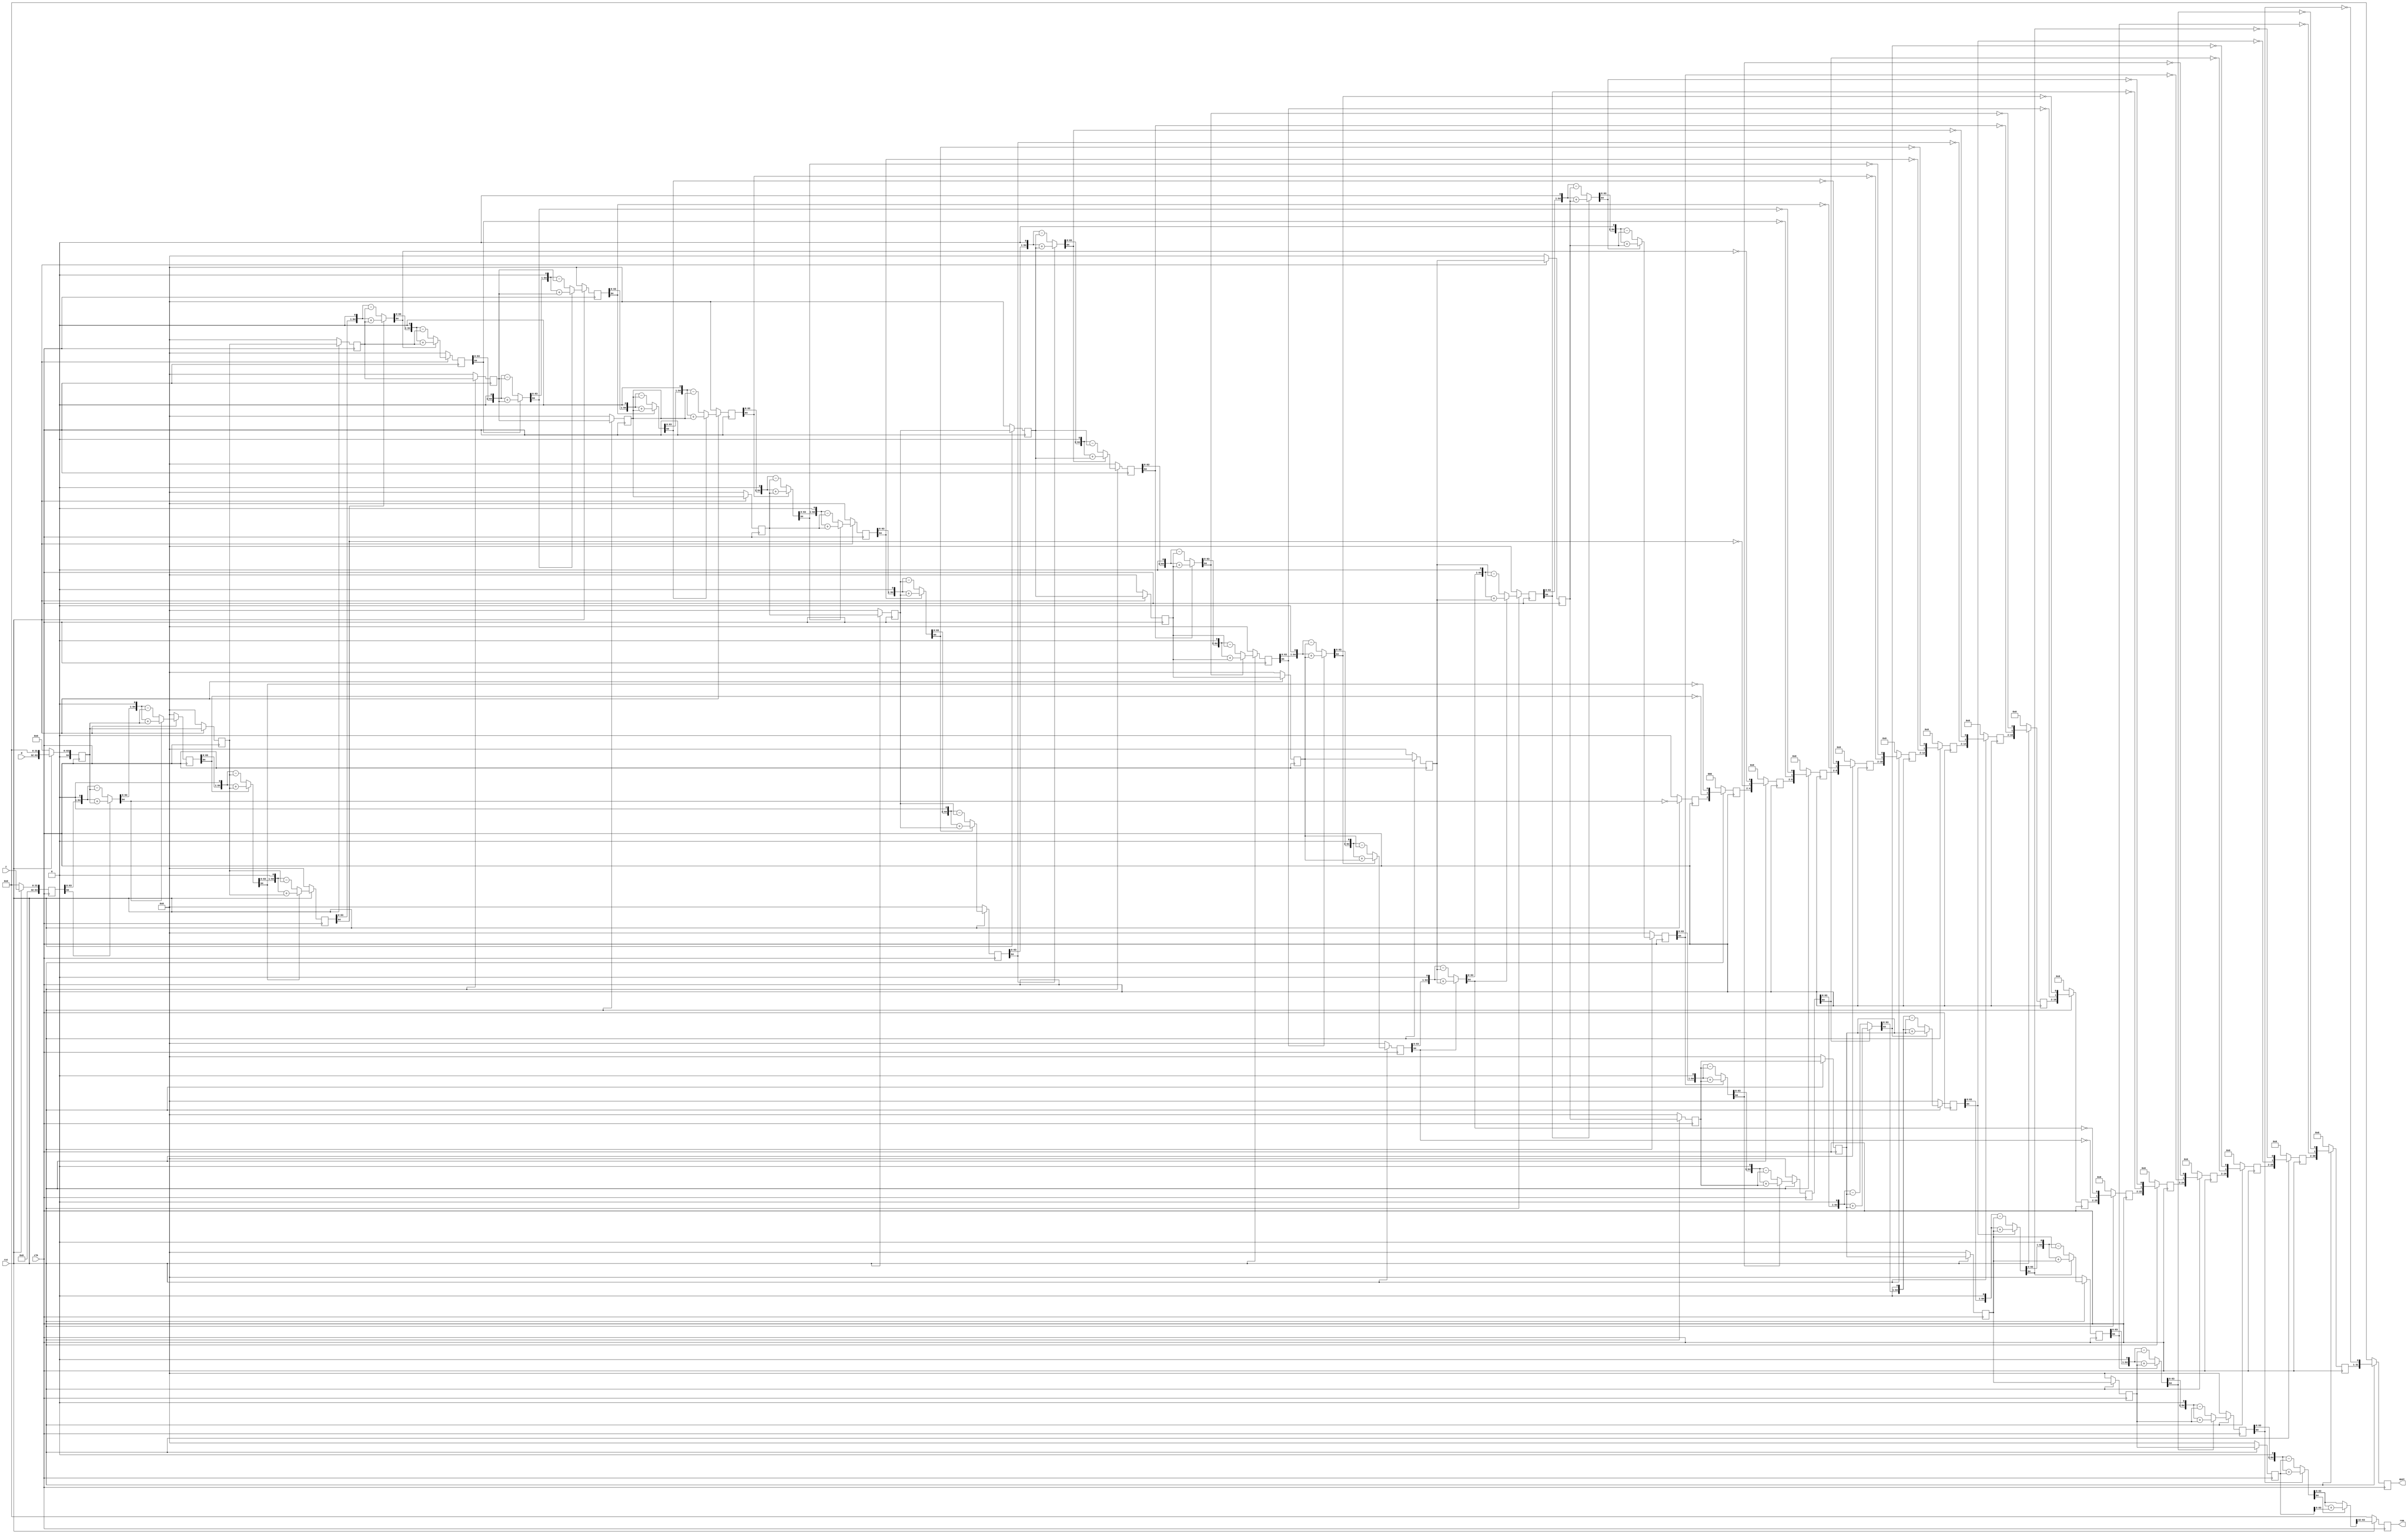
module div_pipelined2(clk, rst, z, d,
                      quot, rem);
   parameter WIDTH = 32;
   localparam ZBITS = WIDTH*2;
   
   localparam DBITS = ZBITS/2;
   localparam STAGES = DBITS/2;
	
   input clk;
   input rst;
   input [WIDTH -1:0] z;
   input [DBITS -1:0] d;
   output [DBITS -1:0] quot;
   output [DBITS -1:0] rem;
   reg [DBITS-1:0]     quot;
   reg [DBITS-1:0]     rem;

   function [ZBITS:0] remainder;
      input [ZBITS:0]  rem_i; input [ZBITS:0]  d_i;
      begin
	 remainder = (rem_i[ZBITS])?({rem_i[ZBITS-1:0], 1'b0} + d_i):
	                            ({rem_i[ZBITS-1:0], 1'b0} - d_i);
      end
   endfunction // remainder
   
   function [ZBITS-1:0] remainder_final;
      input [ZBITS:0] rem_i; input [ZBITS:0] d_i;
      begin
	 remainder_final = (rem_i[ZBITS]?(rem_i + d_i):rem_i);
      end
   endfunction // remainder_final

   function [DBITS-1:0] quotient;
      input [DBITS-1:0] quot_i; input [ZBITS:0] rem_i;
      begin
	 quotient = {quot_i[DBITS-2:0], ~rem_i[ZBITS]};
      end
   endfunction

   reg [ZBITS:0]   d_stage  [STAGES:0];
   reg [DBITS-1:0] quot_stage  [STAGES:0];
   reg [ZBITS:0]   rem_stage  [STAGES:0];

   wire [ZBITS-1:0] quot_stage_wire  [STAGES:0];
   wire [ZBITS:0]   rem_stage_wire  [STAGES:0];

   wire [ZBITS:0]  rem_next;
   assign rem_next = remainder_final(rem_stage_wire[STAGES], d_stage[STAGES]);

   integer         stage, stage0;

   generate genvar stage1;
      for(stage1=0; stage1 <= STAGES; stage1=stage1+1) begin
         assign rem_stage_wire[stage1] = remainder(rem_stage[stage1], d_stage[stage1]);
         if (stage1>0)
           assign quot_stage_wire[stage1] = quotient(quot_stage[stage1], rem_stage[stage1]);
         else assign quot_stage_wire[stage1] = 0;
      end
   endgenerate
   
   always @(posedge clk)
     if (!rst) begin
        quot <= 0;
        rem <= 0;
        for (stage=0; stage <=STAGES; stage=stage+1) begin
           rem_stage[stage] <= 0;
           quot_stage[stage] <= 0;
           d_stage[stage] <= 0;
        end
     end  else begin
        d_stage[0] <= { 1'b0, d, { (ZBITS-DBITS){1'b0} } };
        rem_stage[0] <= z;
        quot_stage[0] <= 0;
        
        for(stage0=1; stage0 <= STAGES; stage0=stage0+1) begin
           d_stage[stage0] <= d_stage[stage0-1];
	   rem_stage[stage0] <= remainder(rem_stage_wire[stage0-1], d_stage[stage0-1]);
           quot_stage[stage0] <= quotient(quot_stage_wire[stage0-1], rem_stage_wire[stage0-1]);
        end

        quot <= quot_stage_wire[STAGES];
        rem <= rem_next[ZBITS-1:ZBITS-DBITS];
     end // else: !if(!rst)
      
endmodule